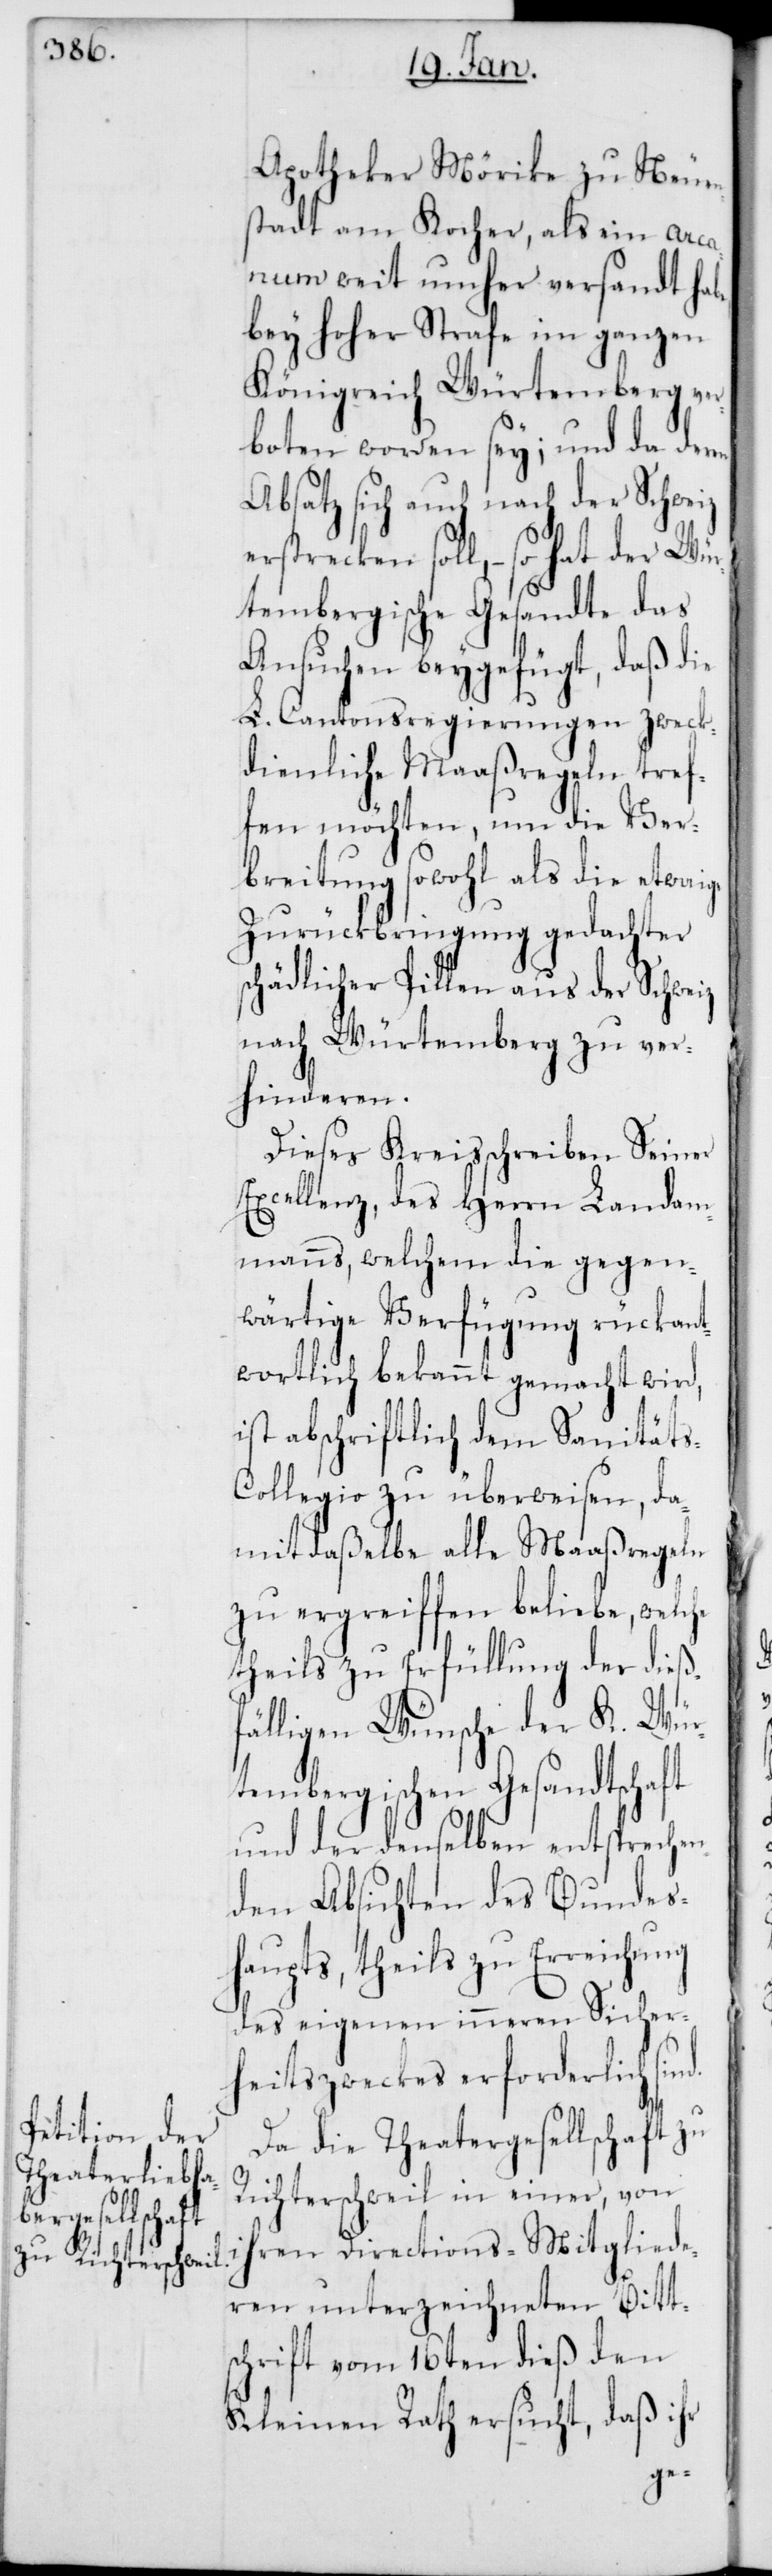
Apotheker Mörike zu Neuen¬
stadt am Kocher, als ein arca¬
num weit umher versandt habe,
bey hoher Strafe im ganzen
Königreich Würtemberg ver¬
boten worden sey; und da deren
Absatz sich auch nach der Schweiz
erstrecken soll, – so hat der Wür¬
tembergische Gesandte das
Ansuchen beygefügt, daß die
L. Cantonsregierungen zweck¬
dienliche Maaßregeln tref¬
fen möchten, um die Ver¬
breitung sowohl als die etwaige
Zurückbringung gedachter
schädlicher Pillen aus der Schweiz
nach Würtemberg zu ver¬
hinderen.
Dieses Kreisschreiben Seiner
Excellenz, des Herrn Landam¬
manns, welchem die gegen¬
wärtige Verfügung rückant¬
wortlich bekannt gemacht wird,
ist abschriftlich dem Sanität¬
s-Collegio zu überweisen, da¬
mit daßelbe alle Maaßregeln
zu ergreiffen beliebe, welche
theils zu Erfüllung der dieß¬
fälligen Wünsche der K. Wür¬
tembergischen Gesandtschaft
und der denselben entsprechen¬
den Absichten des Bundes¬
haupts, theils zu Erreichung
des eigenen inneren Sicher¬
heitszweckes erforderlich sin¬
Da die Theatergesellschaft zu
Richterschweil in einer, von
ihren Directions-Mitgliede¬
ren unterzeichneten Bitt¬
schrift vom 16ten dieß den
Kleinen Rath ersucht, daß ihr
d.